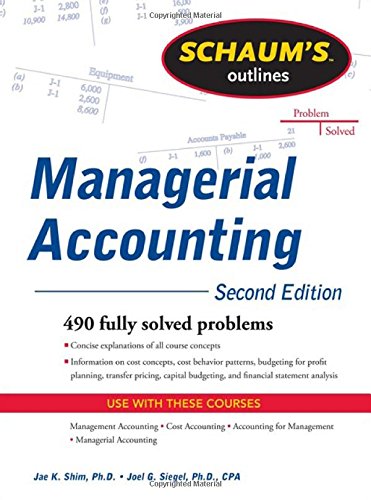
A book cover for Schaum's Outline of Managerial Accounting, 2nd Edition (Schaum's Outlines); Jae Shim; Business & Money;